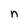
Character: n